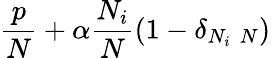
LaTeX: \frac{p}{N}+\alpha\frac{N_{i}}{N}\left(1-\delta_{N_{i}\, \, N}\right)\, \,